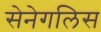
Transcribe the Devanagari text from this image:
सेनेगलिस